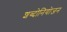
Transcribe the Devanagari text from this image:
शब्दोनियोजन